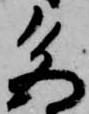
色